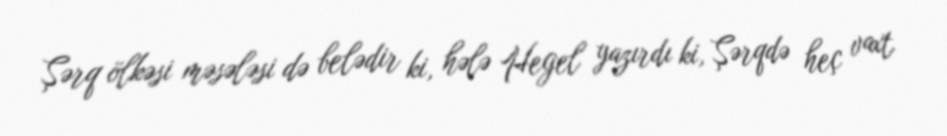
Şərq ölkəsi məsələsi də belədir ki, hələ Hegel yazırdı ki, Şərqdə heç vaxt